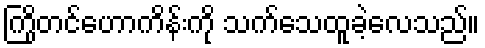
ကြိုတင်ဟောကိန်းကို သက်သေထူခဲ့လေသည်။